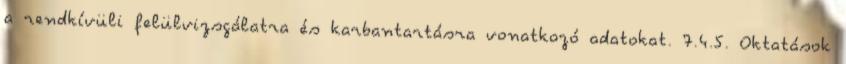
a rendkívüli felülvizsgálatra és karbantartásra vonatkozó adatokat. 7.4.5. Oktatások